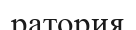
ратория